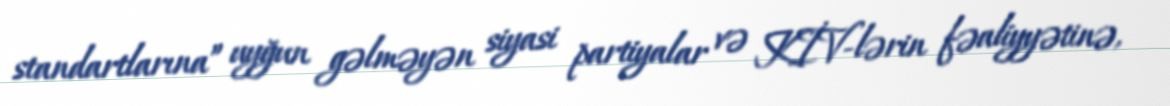
standartlarına” uyğun gəlməyən siyasi partiyalar və KİV-lərin fəaliyyətinə,